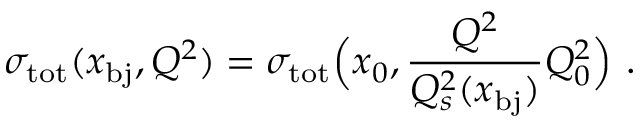
\sigma _ { \mathrm { t o t } } ( x _ { \mathrm { b j } } , Q ^ { 2 } ) = \sigma _ { \mathrm { t o t } } \Big ( x _ { 0 } , \frac { Q ^ { 2 } } { Q _ { s } ^ { 2 } ( x _ { \mathrm { b j } } ) } Q _ { 0 } ^ { 2 } \Big ) \ .